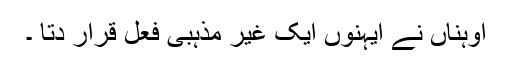
اوہناں نے ایہنوں ایک غیر مذہبی فعل قرار دتا ۔